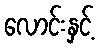
လောင်းနှင့်